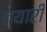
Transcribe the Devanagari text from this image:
त्यारी